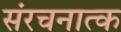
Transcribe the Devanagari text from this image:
संरचनात्क